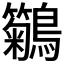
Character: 𪇢